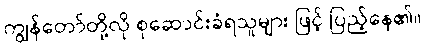
ကျွန်တော်တို့လို စုဆောင်းခံရသူများ ဖြင့် ပြည့်နေ၏။